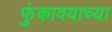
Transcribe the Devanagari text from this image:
फुंकावयाच्या